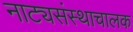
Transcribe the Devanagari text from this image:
नाट्यसंस्थाचालक